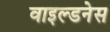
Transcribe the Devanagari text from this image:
वाइल्डनेस